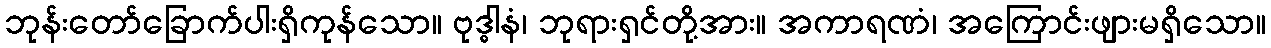
ဘုန်းတော်ခြောက်ပါးရှိကုန်သော။ ဗုဒ္ဓါနံ၊ ဘုရားရှင်တို့အား။ အကာရဏံ၊ အကြောင်းဖျားမရှိသော။